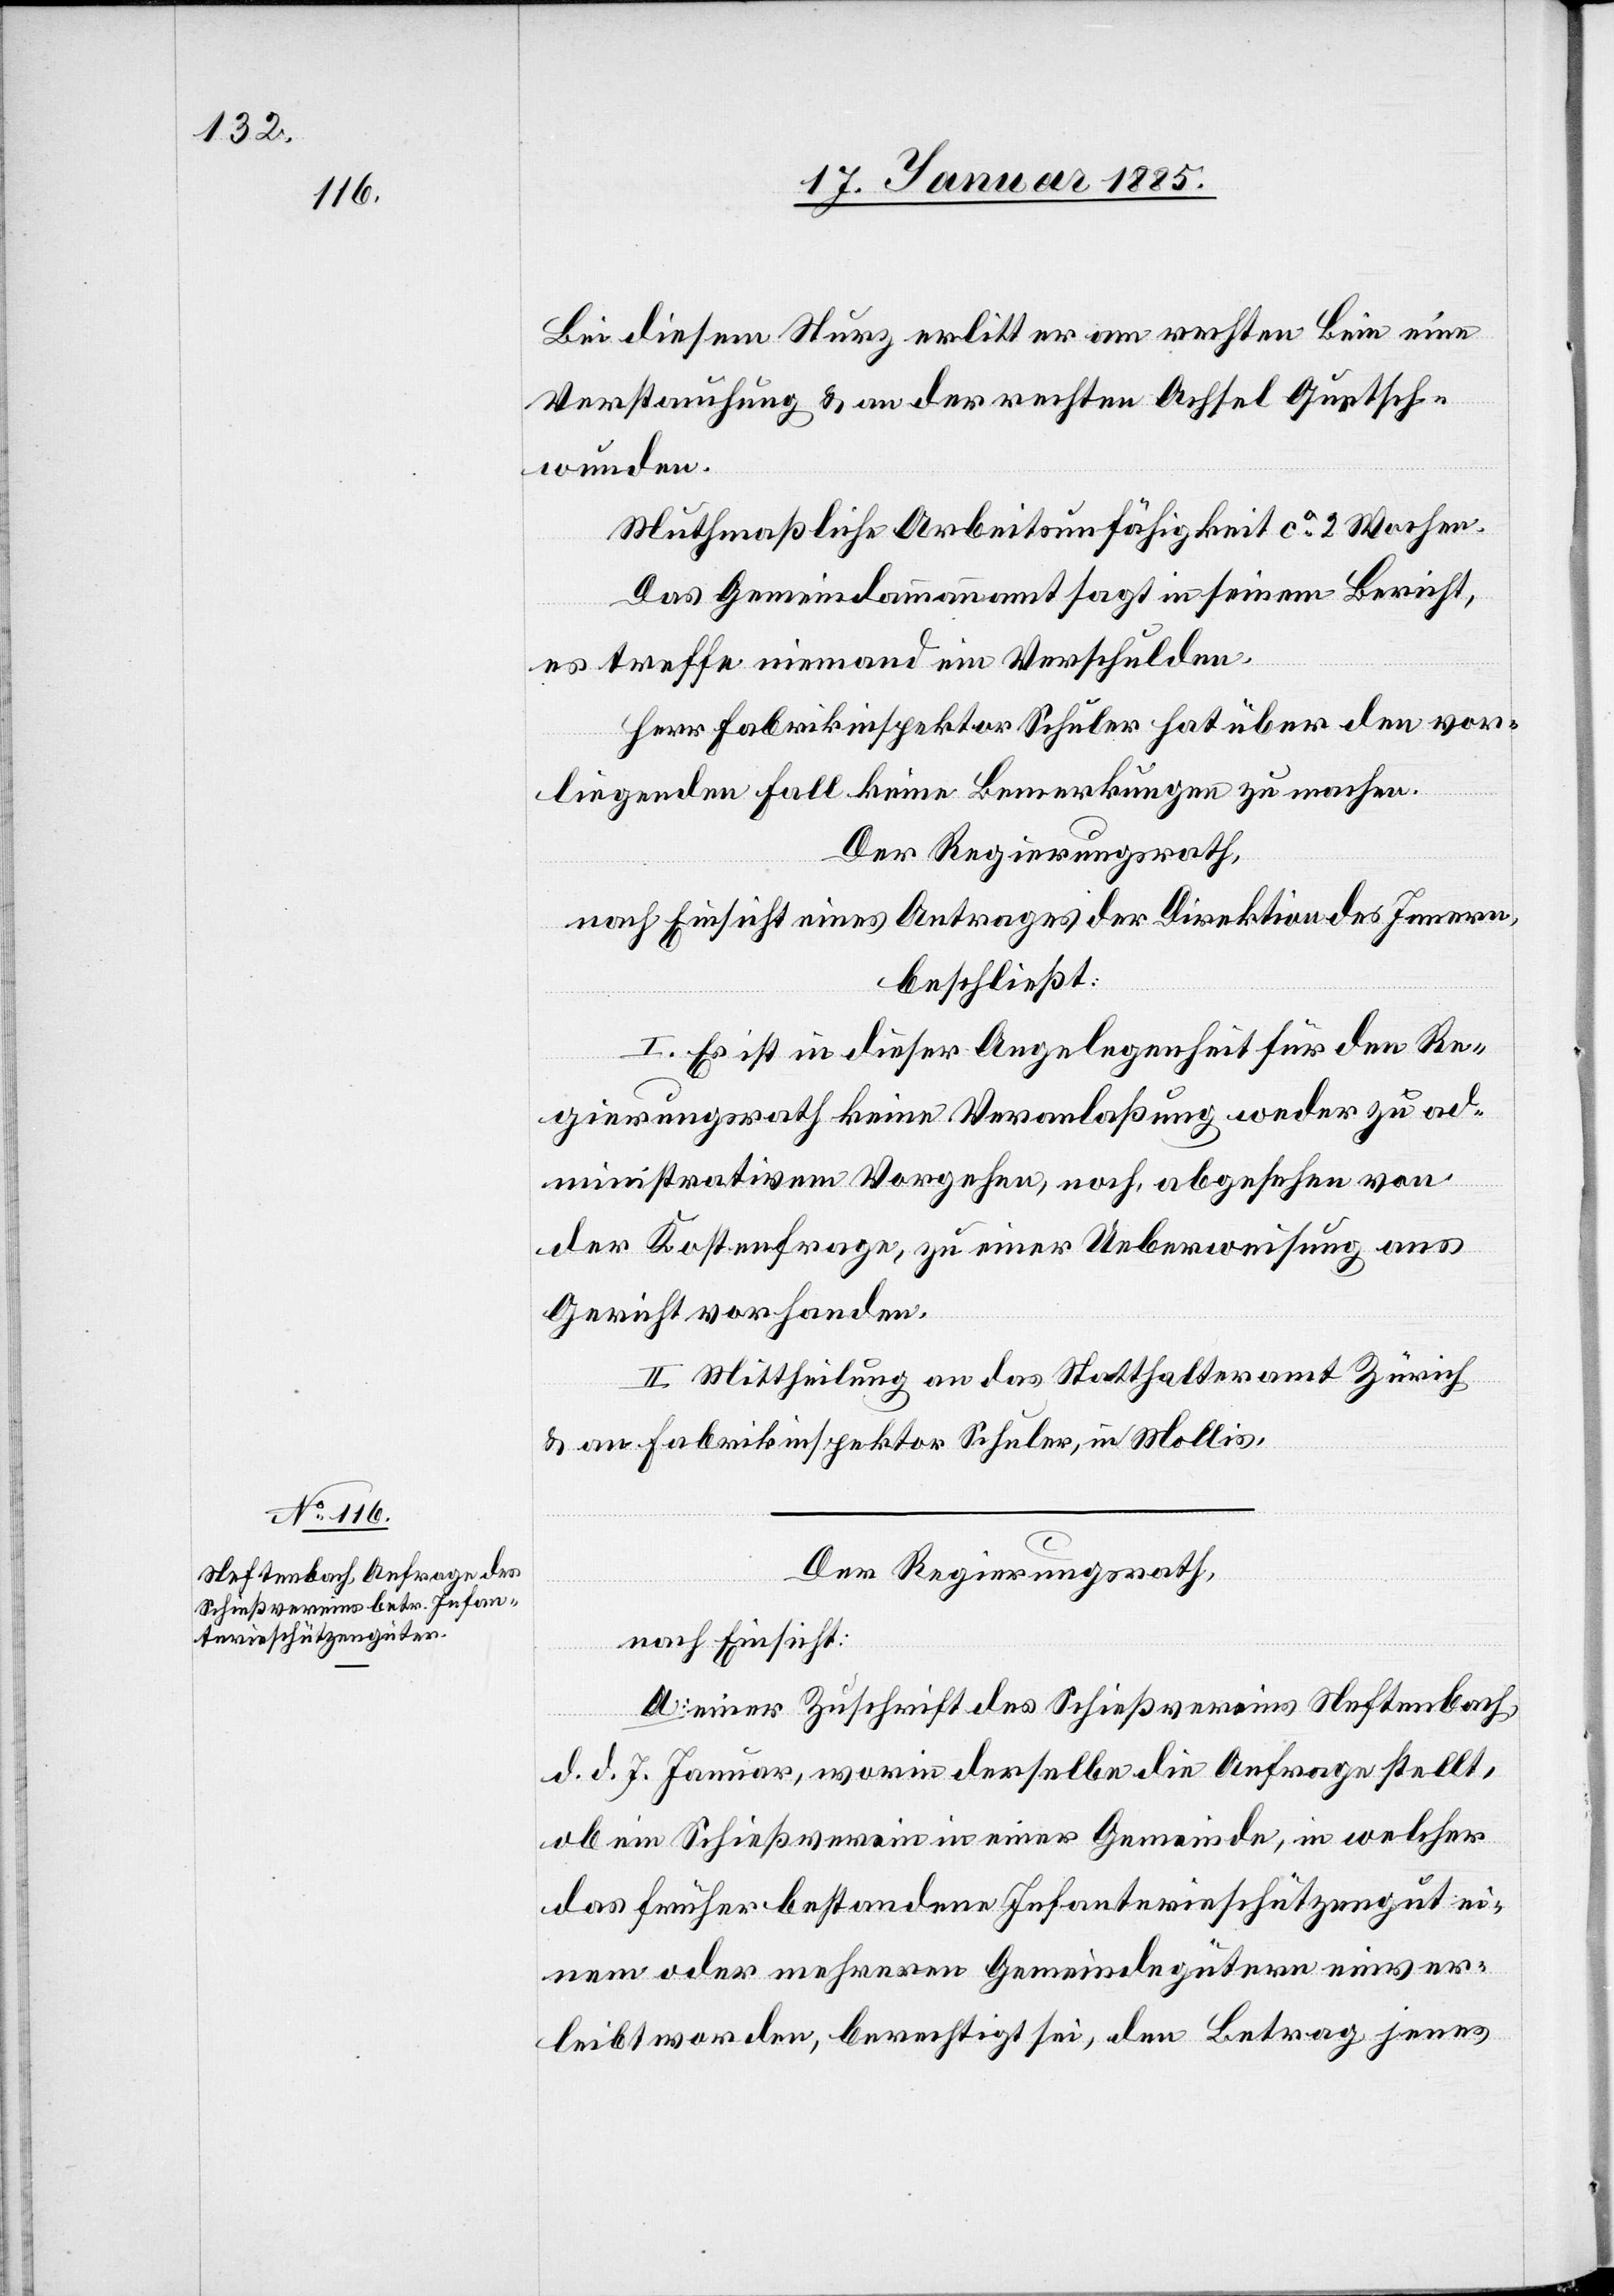
Bei diesem Sturz erlitt er am rechten Bein eine
Verstauchung & an der rechten Achsel Quetsch¬
wunden.
Muthmaßliche Arbeitsunfähigkeit ca 2 Wochen.
Das Gemeindammannamt sagt in seinem Bericht,
es treffe niemand ein Verschulden.
Herr Fabrikinspektor Schuler hat über den vor¬
liegenden Fall keine Bemerkungen zu machen.
Der Regierungsrath,
nach Einsicht eines Antrages der Direktion des Innern,
beschließt:
I. Es ist in dieser Angelegenheit für den Re¬
gierungsrath keine Veranlaßung weder zu ad¬
ministrativem Vorgehen, noch, abgesehen von
der Kostenfrage, zu einer Ueberweisung ans
Gericht vorhanden.
II. Mittheilung an das Statthalteramt Zürich
& an Fabrikinspektor Schuler, in Mollis.
Der Regierungsrath,
nach Einsicht:
a. einer Zuschrift des Schießvereins Neftenbach
d. d. 7. Januar, worin derselbe die Anfrage stellt,
ob ein Schießverein in einer Gemeinde, in welcher
das früher bestandene Infanterieschützengut ei¬
nem oder mehreren Gemeindegütern einver¬
leibt worden, berechtigt sei, den Betrag jenes